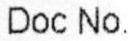
DOC NO.